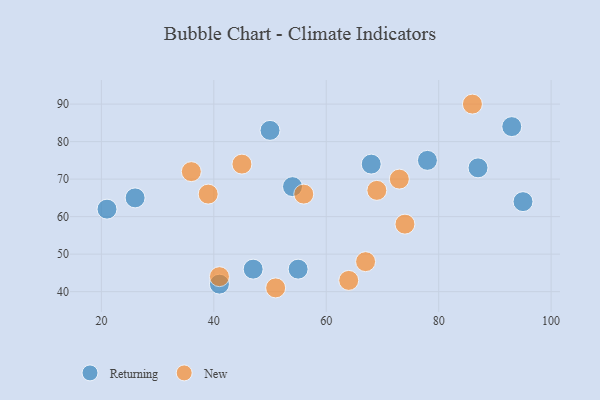
{"axis": {"x": "GDP", "y": "Life Expectancy"}, "legend": ["New", "Returning"], "data": [{"x": "93", "y": 84, "type": "Returning"}, {"x": "50", "y": 83, "type": "Returning"}, {"x": "26", "y": 65, "type": "Returning"}, {"x": "95", "y": 64, "type": "Returning"}, {"x": "87", "y": 73, "type": "Returning"}, {"x": "55", "y": 46, "type": "Returning"}, {"x": "68", "y": 74, "type": "Returning"}, {"x": "78", "y": 75, "type": "Returning"}, {"x": "47", "y": 46, "type": "Returning"}, {"x": "41", "y": 42, "type": "Returning"}, {"x": "21", "y": 62, "type": "Returning"}, {"x": "54", "y": 68, "type": "Returning"}, {"x": "56", "y": 66, "type": "New"}, {"x": "69", "y": 67, "type": "New"}, {"x": "74", "y": 58, "type": "New"}, {"x": "45", "y": 74, "type": "New"}, {"x": "64", "y": 43, "type": "New"}, {"x": "39", "y": 66, "type": "New"}, {"x": "36", "y": 72, "type": "New"}, {"x": "51", "y": 41, "type": "New"}, {"x": "41", "y": 44, "type": "New"}, {"x": "67", "y": 48, "type": "New"}, {"x": "73", "y": 70, "type": "New"}, {"x": "86", "y": 90, "type": "New"}]}